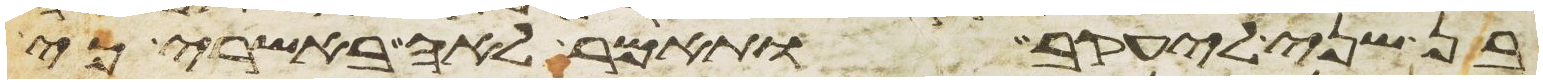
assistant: בן שני ליעקב ותאמר לאה באשרי כי